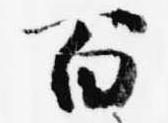
百